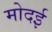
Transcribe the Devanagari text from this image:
मोदई